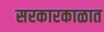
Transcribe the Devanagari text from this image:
सरकारकाळात